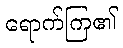
ရောက်ကြ၏